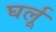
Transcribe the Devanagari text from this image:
घर्लू